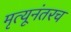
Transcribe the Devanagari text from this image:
मृत्यूनंतरच